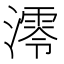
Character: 澪